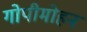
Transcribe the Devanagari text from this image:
गोपीमोहन